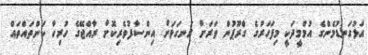
އަޅުގަނޑުމެންގެ އުމްމީދަކީ މިފަހަރުގެ ގްރޫޕުން ވަރަށް ރަނގަޅަށް އިންސާފުވެރިކޮށް ރާއްޖޭގެ ހުރިހާ ކަންތައްތައް